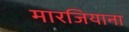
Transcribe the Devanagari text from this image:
मारजियाना